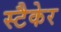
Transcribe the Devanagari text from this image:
स्टैकेर